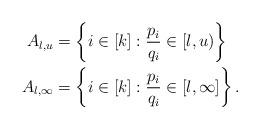
LaTeX: \begin{align*}A_{l,u} &= \left\{ i \in [k]: \frac{p_i}{q_i} \in [l,u) \right\} \,\, \,\,\\ A_{l,\infty} &= \left\{ i \in [k]: \frac{p_i}{q_i} \in [l,\infty] \right\}.\end{align*}